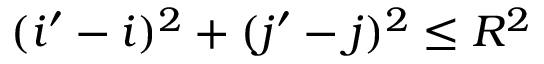
( i ^ { \prime } - i ) ^ { 2 } + ( j ^ { \prime } - j ) ^ { 2 } \leq R ^ { 2 }